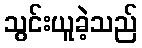
သွင်းယူခဲ့သည်